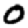
Digit: 0